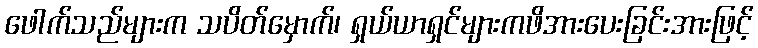
ဖေါက်သည်များက သပိတ်မှောက်၊ ရှယ်ယာရှင်များကဖိအားပေးခြင်းအားဖြင့်